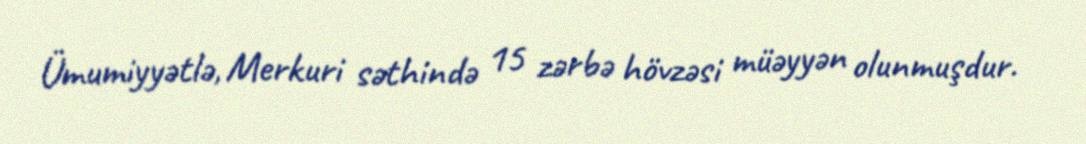
Ümumiyyətlə, Merkuri səthində 15 zərbə hövzəsi müəyyən olunmuşdur.